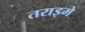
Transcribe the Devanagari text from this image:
तराइमे